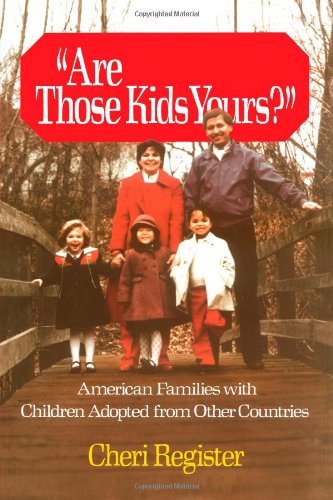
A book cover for Are Those Kids Yours?: American Families With Children Adopted From Other; Cheri Register; Parenting & Relationships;